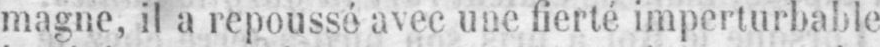
magne, il a repoussé avec une fierté imperturbable